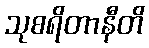
သုစရိတာနီတိ